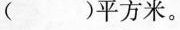
( )平方米。